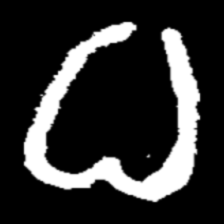
Pyu character \u2014 Myanmar letter: ဓ (romanized: dha)